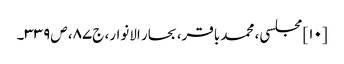
[۱۰] مجلسی، محمد باقر، بحار الانوار، ج‌۸۷، ص‌۳۳۹۔